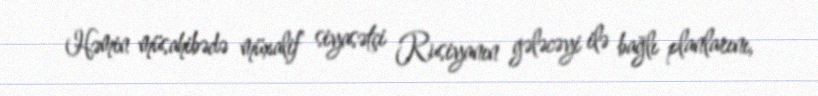
Həmin müsahibədə müxalif siyasətçi Rusiyanın gələcəyi ilə bağlı planlarını,